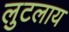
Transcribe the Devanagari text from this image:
लुटलाय